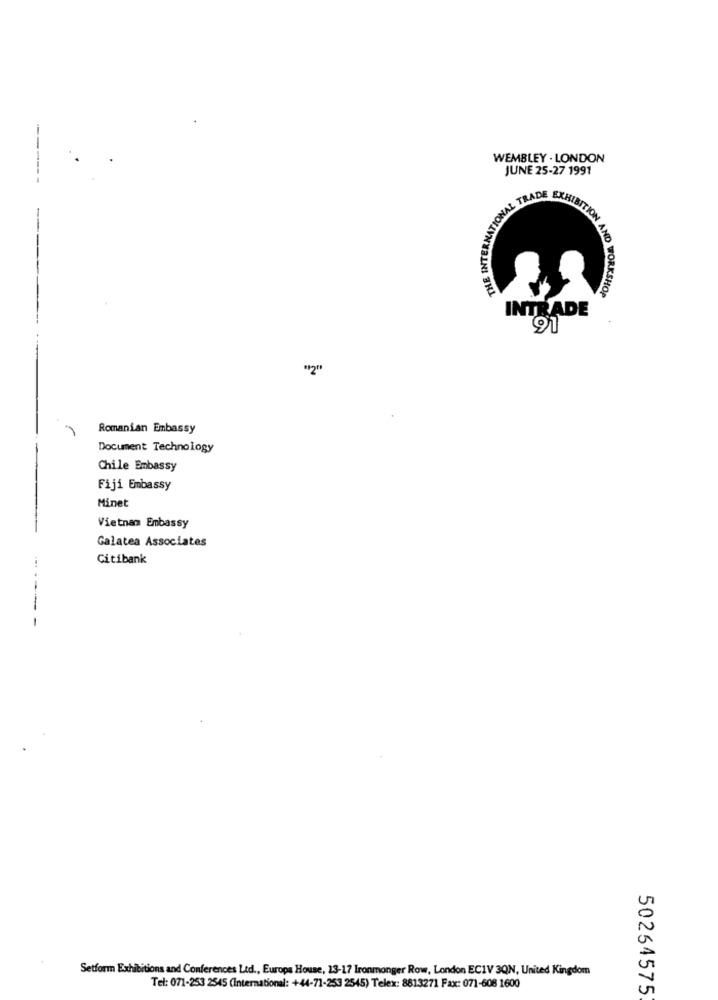
WEMBLEY . LONDON
JUNE 25-27 1991
------
THE INTERN
NO
KSHOP
INTRADE
91
Romanian Embassy
Document Technology
Chile Embassy
Fiji Embassy
Minet
Vietnam Embassy
Galatea Associates
Citibank
-
Setform Exhibitions and Conferences Ltd ., Europa House, 23-17 Ironmonger Row, London EC1V 3QN, United Kingdom
Tel: 071-253 2545 (International: +44-71-253 2545) Telex: 8813271 Fax: 071-608 1600
50264575